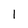
Character: l